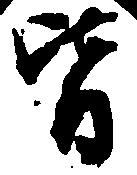
皆